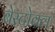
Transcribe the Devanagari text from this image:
बेस्टोवल